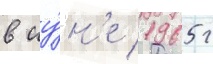
в иу́н'е 1965 г